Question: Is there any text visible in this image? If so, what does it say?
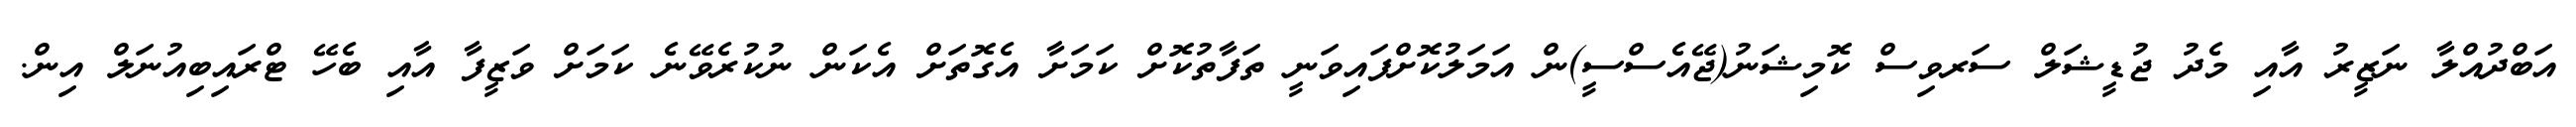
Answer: އަބްދުއްލާ ނަޒީރު އާއި މެދު ޖުޑީޝަލް ސަރވިސް ކޮމިޝަނު(ޖޭއެސްސީ)ން އަމަލުކޮށްފައިވަނީ ތަފާތުކޮށް ކަމަށާ އެގޮތަށް އެކަން ނުކުރެވޭނެ ކަމަށް ވަޒީފާ އާއި ބެހޭ ޓްރައިބިއުނަލް އިން.